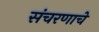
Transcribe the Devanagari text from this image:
संचरणाचे